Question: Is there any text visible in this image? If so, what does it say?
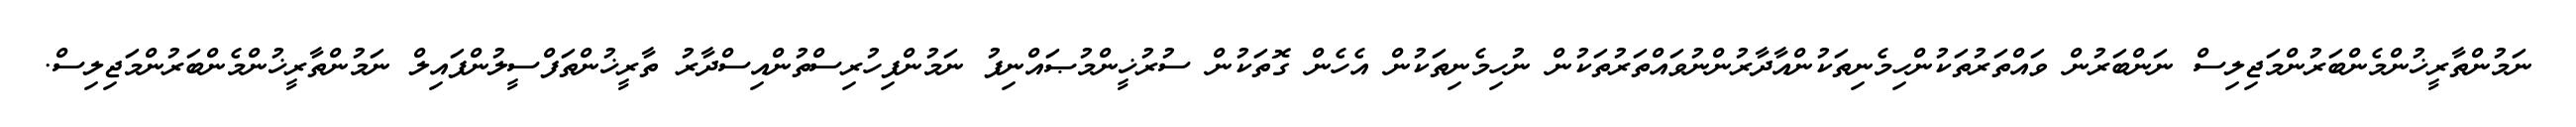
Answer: ނަމުންތާރީޚުންމެންބަރުންމަޖިލިސް ނަންބަރުން ވައްތަރުތަކުންހިމެނިތަކުންއާދާރުންނުވައްތަރުތަކުން ނުހިމެނިތަކުން އެހެން ގޮތަކުން ސުރުޚީންމުޞައްނިފު ނަމުންފިހުރިސްތުންއިސްދާރު ތާރީޚުންތަފްސީލުންފައިލް ނަމުންތާރީޚުންމެންބަރުންމަޖިލިސް.